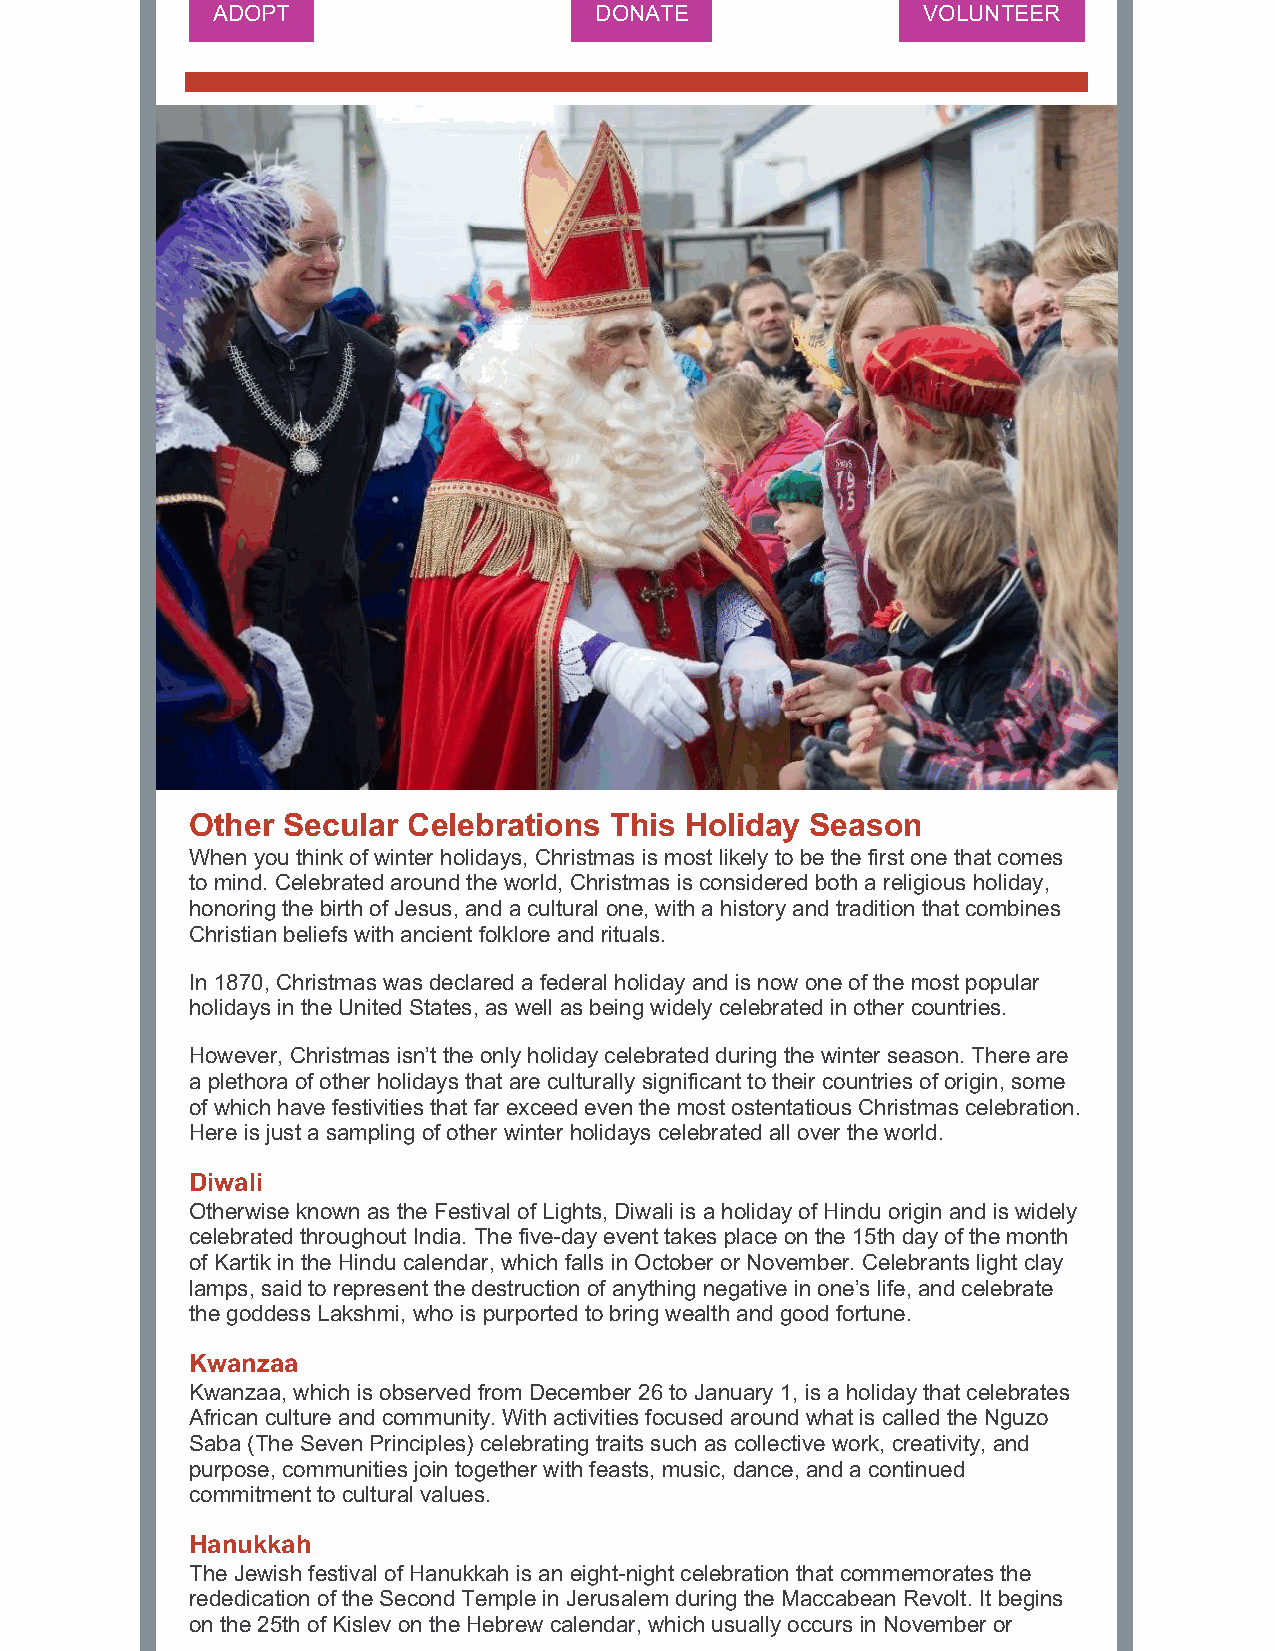
ADOPT                    DONATE                VOLUNTEER
 Other Secular Celebrations This Holiday  Season
 When you think of winter holidays, Christmas is most likely to be the first one that comes
 to mind. Celebrated around the world, Christmas is considered both a religious holiday,
 honoring the birth of Jesus, and a cultural one, with a history and tradition that combines
 Christian beliefs with ancient folklore and rituals.
 In 1870, Christmas was declared a federal holiday and is now one of the most popular
 holidays in the United States, as well as being widely celebrated in other countries.
 However, Christmas isn’t the only holiday celebrated during the winter season. There are
 a plethora of other holidays that are culturally significant to their countries of origin, some
 of which have festivities that far exceed even the most ostentatious Christmas celebration.
 Here is just a sampling of other winter holidays celebrated all over the world.
 Diwali
 Otherwise known as the Festival of Lights, Diwali is a holiday of Hindu origin and is widely
 celebrated throughout India. The five-day event takes place on the 15th day of the month
 of Kartik in the Hindu calendar, which falls in October or November. Celebrants light clay
 lamps, said to represent the destruction of anything negative in one’s life, and celebrate
 the goddess Lakshmi, who is purported to bring wealth and good fortune.
 Kwanzaa
 Kwanzaa, which is observed from December 26 to January 1, is a holiday that celebrates
 African culture and community. With activities focused around what is called the Nguzo
 Saba (The Seven Principles) celebrating traits such as collective work, creativity, and
 purpose, communities join together with feasts, music, dance, and a continued
 commitment to cultural values.
 Hanukkah
 The Jewish festival of Hanukkah is an eight-night celebration that commemorates the
 rededication of the Second Temple in Jerusalem during the Maccabean Revolt. It begins
 on the 25th of Kislev on the Hebrew calendar, which usually occurs in November or